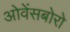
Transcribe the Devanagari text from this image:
ओवेंसबोरो